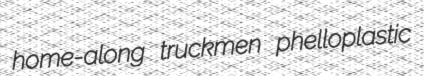
home-along truckmen phelloplastic